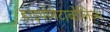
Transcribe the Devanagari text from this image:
हाइपोमेटाबोलिज्म